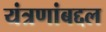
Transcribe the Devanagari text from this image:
यंत्रणांबद्दल